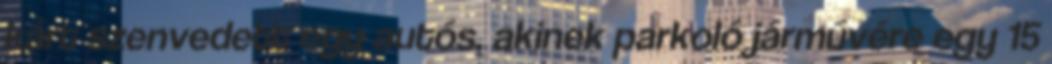
kárt szenvedett egy autós, akinek parkoló járművére egy 15